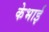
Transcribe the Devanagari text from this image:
केभाई